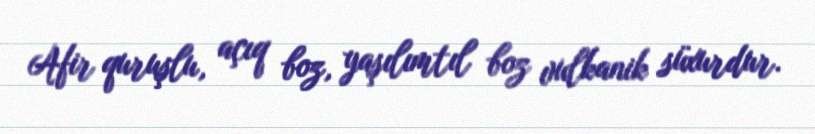
Afir quruşlu, açıq boz, yaşılımtıl boz vulkanik süxurdur.